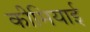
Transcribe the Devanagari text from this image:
कीमियाई